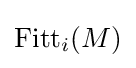
\operatorname {Fitt} _{i}(M)